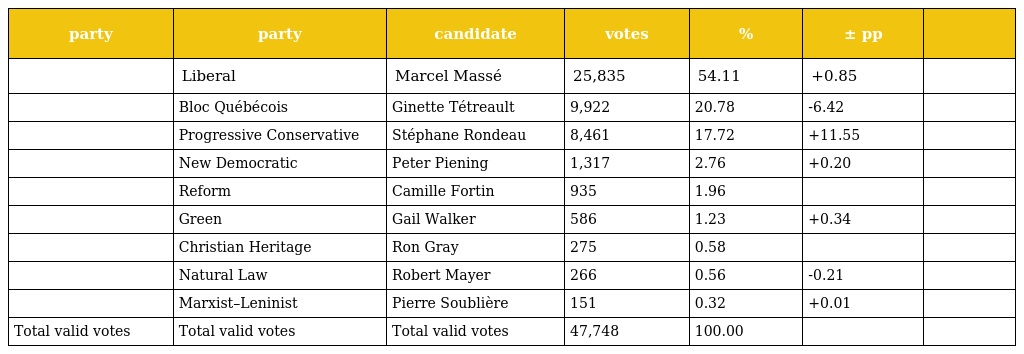
| party | party | candidate | votes | % | ± pp |  |
 | --- | --- | --- | --- | --- | --- | --- |
 |  | Liberal | Marcel Massé | 25,835 | 54.11 | +0.85 |  |
 |  | Bloc Québécois | Ginette Tétreault | 9,922 | 20.78 | -6.42 |  |
 |  | Progressive Conservative | Stéphane Rondeau | 8,461 | 17.72 | +11.55 |  |
 |  | New Democratic | Peter Piening | 1,317 | 2.76 | +0.20 |  |
 |  | Reform | Camille Fortin | 935 | 1.96 |  |  |
 |  | Green | Gail Walker | 586 | 1.23 | +0.34 |  |
 |  | Christian Heritage | Ron Gray | 275 | 0.58 |  |  |
 |  | Natural Law | Robert Mayer | 266 | 0.56 | -0.21 |  |
 |  | Marxist–Leninist | Pierre Soublière | 151 | 0.32 | +0.01 |  |
 | Total valid votes | Total valid votes | Total valid votes | 47,748 | 100.00 |  |  |